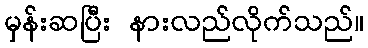
မှန်းဆပြီး နားလည်လိုက်သည်။